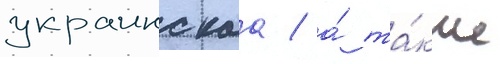
украинскаа / а́ та́кже